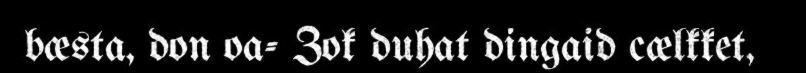
bæsta, don oa- Zok duhat dingaid cælkket,